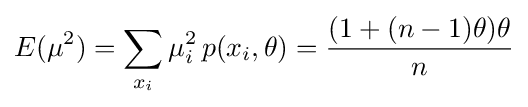
E(\mu ^{2})=\sum _{x_{i}}\mu _{i}^{2}\,p(x_{i},\theta )={\frac {(1+(n-1)\theta )\theta }{n}}